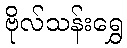
ဗိုလ်သန်းရွှေ